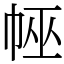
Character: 𢃀